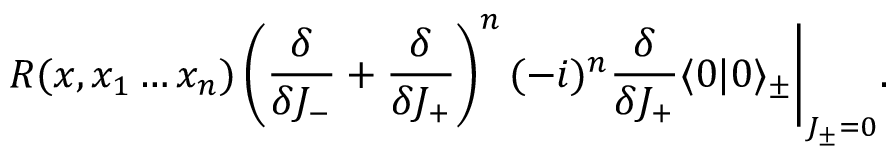
R ( x , x _ { 1 } \ldots x _ { n } ) \left( \frac { \delta } { \delta J _ { - } } + \frac { \delta } { \delta J _ { + } } \right) ^ { n } ( - i ) ^ { n } \frac { \delta } { \delta J _ { + } } \langle 0 | 0 \rangle _ { \pm } \Bigg | _ { J _ { \pm } = 0 } .